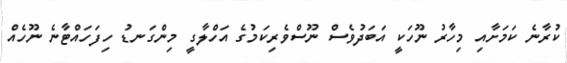
ކުރާނެ ކަމަށާއި މިހާރު ނޫހަކީ އަބަދުވެސް ނޫސްވެރިކަމުގެ އަހްލާގީ މިންގަނޑު ހިފަހައްޓާނެ ނޫހެއް